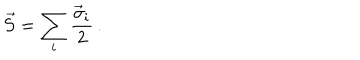
\vec { S } = \sum _ { i } { \frac { \vec { \sigma } _ { i } } { 2 } } \, .